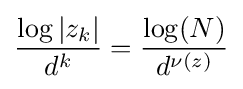
{\frac {\log |z_{k}|}{d^{k}}}={\frac {\log(N)}{d^{\nu (z)}}}